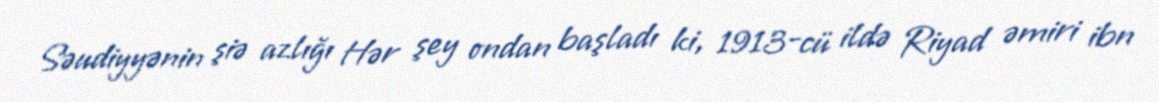
Səudiyyənin şiə azlığı Hər şey ondan başladı ki, 1913-cü ildə Riyad əmiri ibn